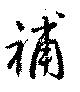
補